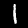
Label: 1